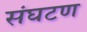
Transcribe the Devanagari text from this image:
संघटण